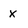
Character: x